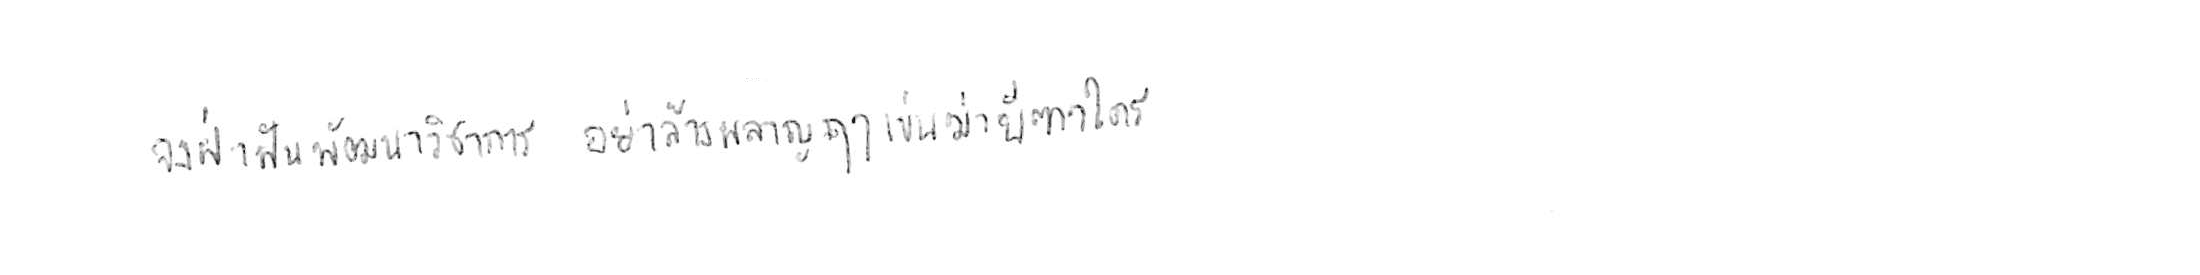
จงฝ่าฟันพัฒนาวิชาการ อย่าล้างผลาญฤๅเข่นฆ่าบีฑาใคร